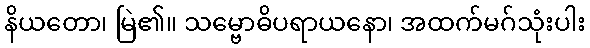
နိယတော၊ မြဲ၏။ သမ္ဗောဓိပရာယနော၊ အထက်မဂ်သုံးပါး